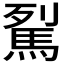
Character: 𩢾